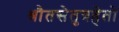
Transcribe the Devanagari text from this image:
श्रौतसेतुत्रहेतो